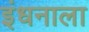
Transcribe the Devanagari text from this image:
इंधनाला